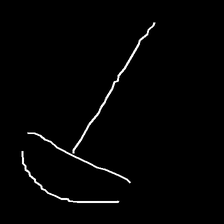
Glyph: dispersion